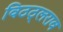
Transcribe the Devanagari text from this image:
विठठ्लराव